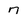
Character: 7